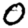
Digit: 0